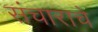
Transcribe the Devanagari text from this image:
संचाराचे